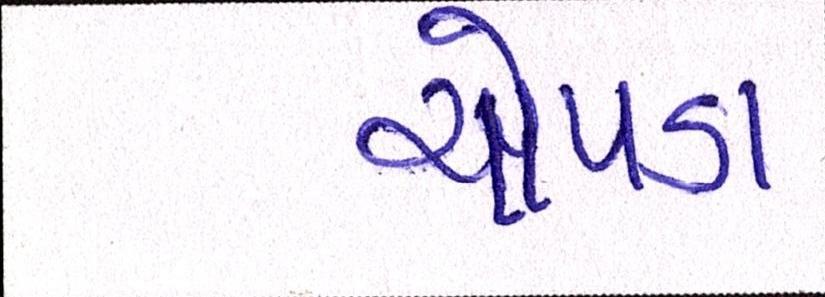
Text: ચોપડા